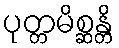
ပုတ္တမိစ္ဆန္တိ